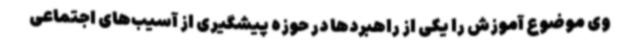
وی موضوع آموزش را یکی از راهبردها در حوزه پیشگیری از آسیب‌های اجتماعی